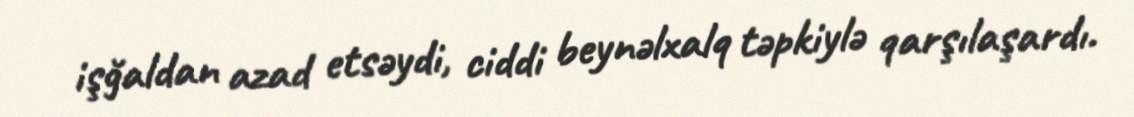
işğaldan azad etsəydi, ciddi beynəlxalq təpkiylə qarşılaşardı.